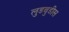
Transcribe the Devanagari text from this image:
लुडबुडीस